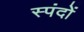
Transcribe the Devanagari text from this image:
स्‍पंदों